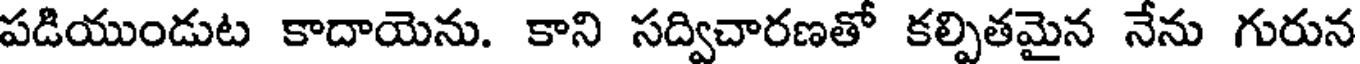
పడియుండుట కాదాయెను. కాని సద్విచారణతో కల్పితమైన నేను గురున